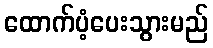
ထောက်ပံ့ပေးသွားမည်